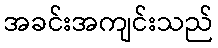
အခင်းအကျင်းသည်